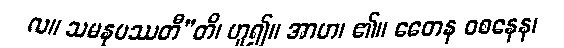
လ။ သမနုပဿတီ”တိ၊ ဟူ၍။ အာဟ၊ ၏။ ဧတေန ဝစနေန၊